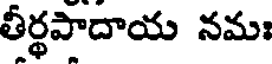
తీర్థపాదాయ నమః